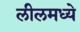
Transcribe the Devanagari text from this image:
लीलमध्ये